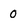
Character: 0